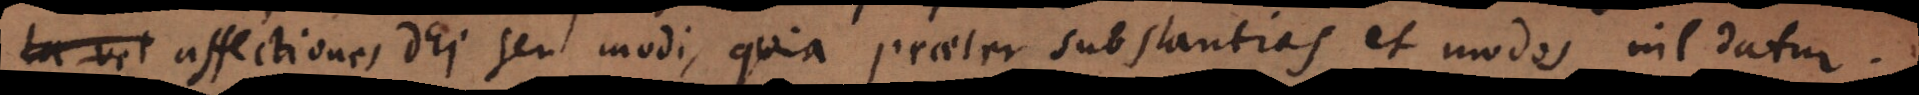
ta vel affectiones Dei seu modi, quia praeter substantias et modos nil datur.